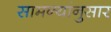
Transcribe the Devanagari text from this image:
सामन्यांनुसार